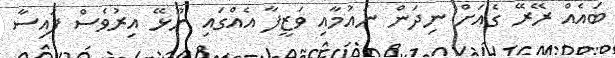
ބައެއް ރޭރޭ ގެއަށް ނިދަން ނައުމާއި ވަޒީފާ އެއްގައި ނޫޅޭ އިރުވެސް ފައިސާ